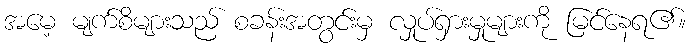
အမေ့ မျက်စိများသည် စခန်းအတွင်းမှ လှုပ်ရှားမှုများကို မြင်နေရ၏။